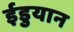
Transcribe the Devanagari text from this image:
ईडुयान